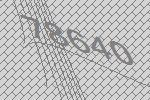
78640